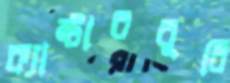
ক্যান্টারবুরি